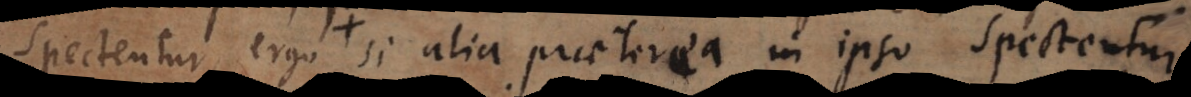
spectentur, ergo si alia praeterea in ipso spectentur,